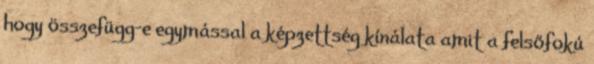
hogy összefügg-e egymással a képzettség kínálata amit a felsőfokú